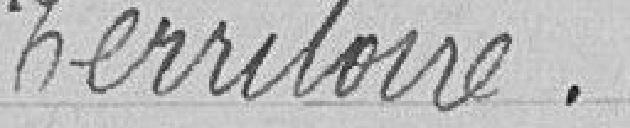
territoire.